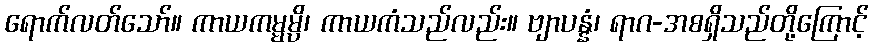
ရောက်လတ်သော်။ ကာယကမ္မမ္ပိ၊ ကာယကံသည်လည်း။ ဗျာပန္နံ၊ ရာဂ-အစရှိသည်တို့ကြောင့်